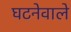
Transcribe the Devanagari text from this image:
घटनेवाले